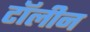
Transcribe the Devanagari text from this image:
टॉलीन